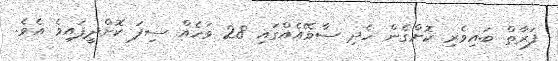
ފަރާތް ބައިވެރި ކޮށްގެން ހެދި ސާވޭއެއްގައި 28 ވަހެއް ސިފަ ކޮށްދީފައިވެ އެވެ.